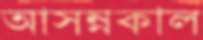
আসন্নকাল